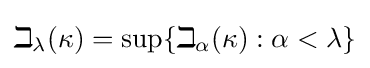
\beth _{\lambda }(\kappa )=\sup\{\beth _{\alpha }(\kappa ):\alpha <\lambda \}